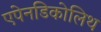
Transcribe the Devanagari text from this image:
एपेनडिकोलिथ